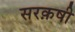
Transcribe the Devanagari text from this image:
सरक़षी